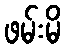
ဖမ်းမိ